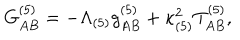
G _ { A B } ^ { ( 5 ) } = - \Lambda _ { ( 5 ) } g _ { A B } ^ { ( 5 ) } + \kappa _ { ( 5 ) } ^ { 2 } T _ { A B } ^ { ( 5 ) } ,